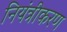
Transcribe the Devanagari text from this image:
नियंत्रीकरण